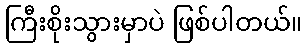
ကြီးစိုးသွားမှာပဲ ဖြစ်ပါတယ်။